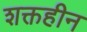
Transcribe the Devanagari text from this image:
शक्तहीन